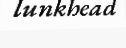
lunkhead